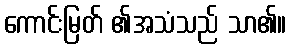
ကောင်းမြတ် ၏အသံသည် သာ၏။